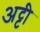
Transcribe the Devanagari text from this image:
अट्टी